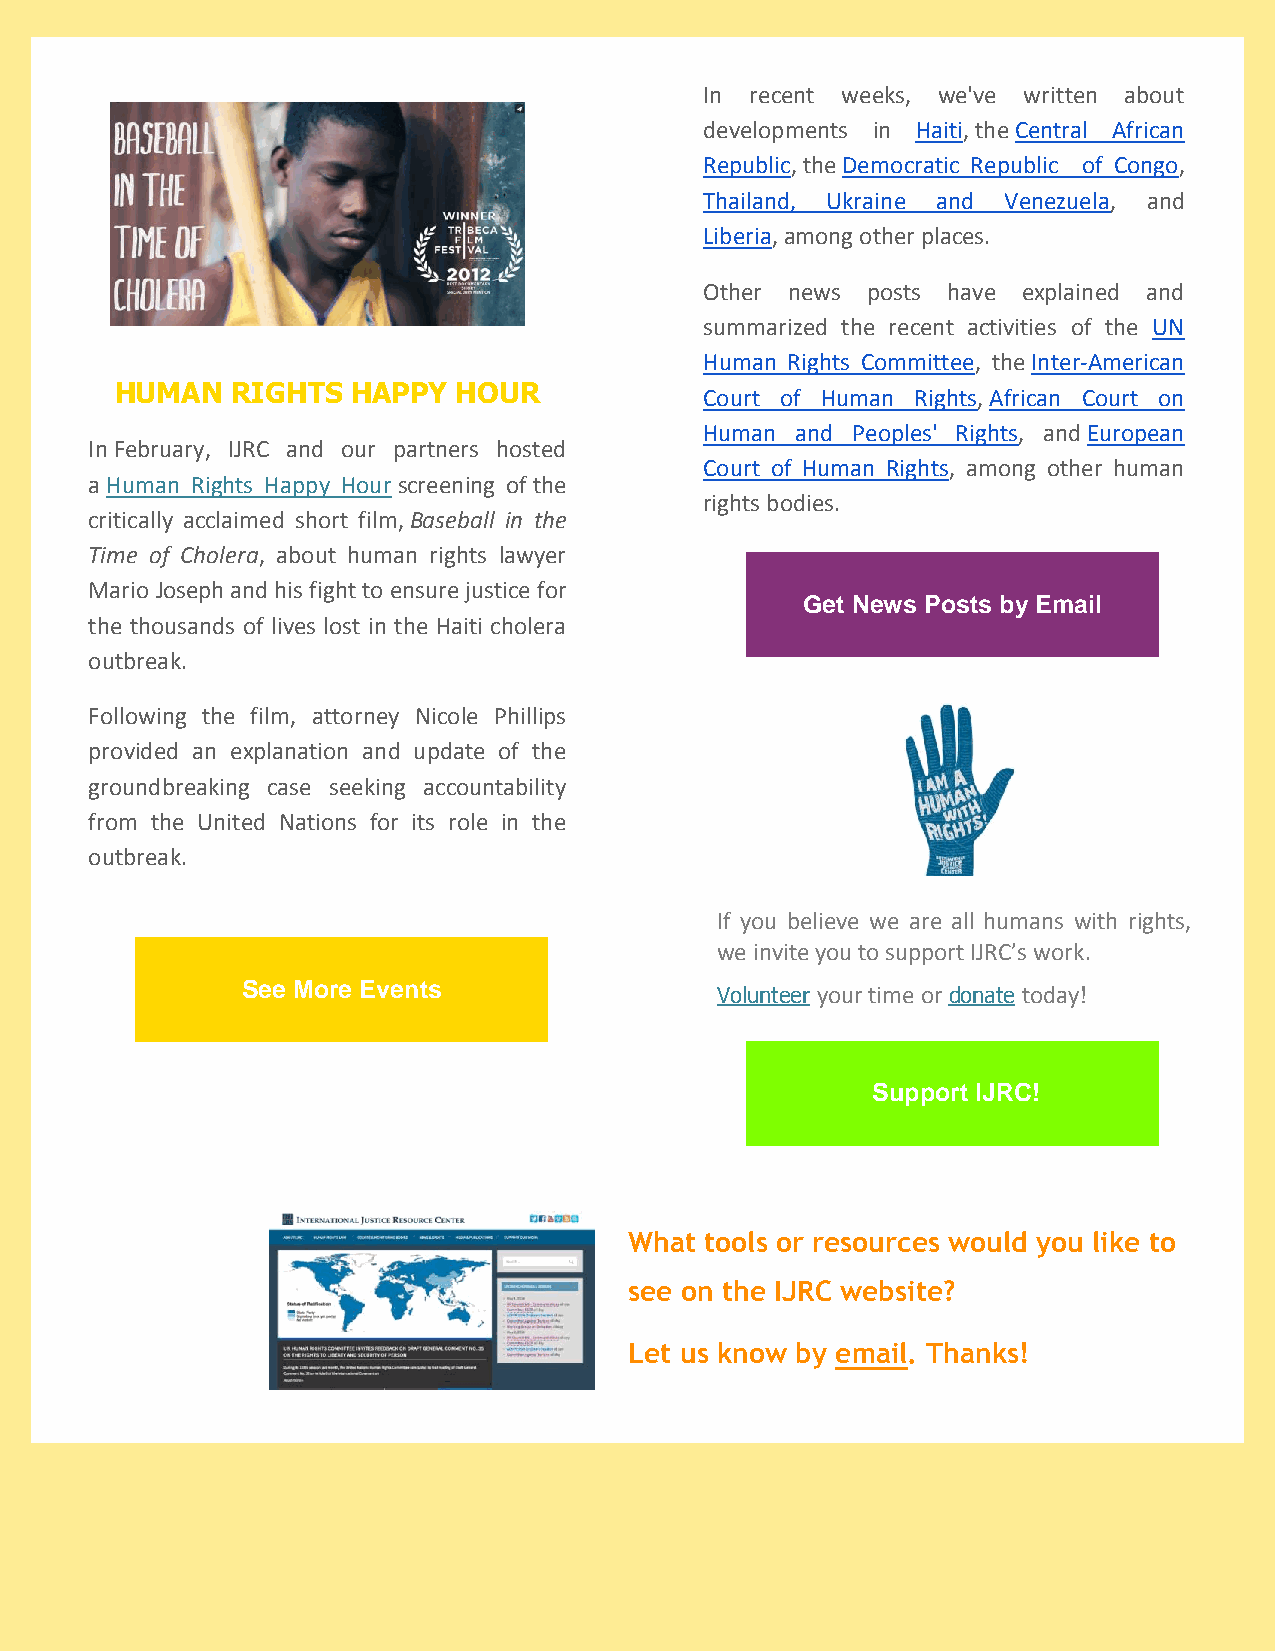
In recent weeks, we've written about
 developments in Haiti, the Central African
 Republic, the Democratic Republic of Congo,
 Thailand, Ukraine and Venezuela, and
 Liberia, among other places.
 Other news posts have explained and
 summarized the recent activities of the UN
 Human Rights Committee, the Inter-American
 HUMAN  RIGHTS  HAPPY  HOUR             Court of Human Rights, African Court on
 Human and Peoples' Rights, and European
 In February, IJRC and our partners hosted
 Court of Human Rights, among other human
 a Human Rights Happy Hour screening of the
 rights bodies.
 critically acclaimed short film, Baseball in the
 Time of Cholera, about human rights lawyer
 Mario Joseph and his fight to ensure justice for
 Get News Posts by Email
 the thousands of lives lost in the Haiti cholera
 outbreak.
 Following the film, attorney Nicole Phillips
 provided an explanation and update of the
 groundbreaking case seeking accountability
 from the United Nations for its role in the
 outbreak.
 If you believe we are all humans with rights,
 we invite you to support IJRC’s work.
 See More Events
 Volunteer your time or donate today!
 Support IJRC!
 What tools or resources would you like to
 see on the IJRC website?
 Let us know by email. Thanks!